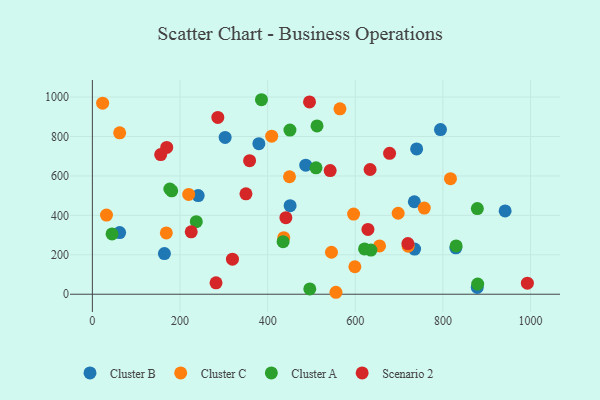
{"axis": {"x": "Study Hours", "y": "Demand"}, "legend": ["Cluster A", "Cluster B", "Cluster C", "Scenario 2"], "data": [{"x": "829.5", "y": 235.3, "type": "Cluster B"}, {"x": "62.2", "y": 312.6, "type": "Cluster B"}, {"x": "241.5", "y": 500.6, "type": "Cluster B"}, {"x": "878.4", "y": 34.5, "type": "Cluster B"}, {"x": "380.0", "y": 763.9, "type": "Cluster B"}, {"x": "735.4", "y": 228.8, "type": "Cluster B"}, {"x": "451.3", "y": 449.4, "type": "Cluster B"}, {"x": "164.4", "y": 206.4, "type": "Cluster B"}, {"x": "303.0", "y": 795.2, "type": "Cluster B"}, {"x": "740.1", "y": 737.1, "type": "Cluster B"}, {"x": "734.8", "y": 469.2, "type": "Cluster B"}, {"x": "794.5", "y": 835.3, "type": "Cluster B"}, {"x": "487.0", "y": 654.8, "type": "Cluster B"}, {"x": "942.0", "y": 422.6, "type": "Cluster B"}, {"x": "32.2", "y": 401.5, "type": "Cluster C"}, {"x": "720.7", "y": 243.6, "type": "Cluster C"}, {"x": "436.8", "y": 286.9, "type": "Cluster C"}, {"x": "545.7", "y": 213.0, "type": "Cluster C"}, {"x": "219.8", "y": 506.4, "type": "Cluster C"}, {"x": "596.2", "y": 406.8, "type": "Cluster C"}, {"x": "599.1", "y": 139.4, "type": "Cluster C"}, {"x": "409.2", "y": 801.6, "type": "Cluster C"}, {"x": "697.9", "y": 410.7, "type": "Cluster C"}, {"x": "565.0", "y": 940.4, "type": "Cluster C"}, {"x": "555.9", "y": 9.9, "type": "Cluster C"}, {"x": "449.9", "y": 596.0, "type": "Cluster C"}, {"x": "62.3", "y": 818.9, "type": "Cluster C"}, {"x": "23.4", "y": 968.9, "type": "Cluster C"}, {"x": "655.4", "y": 244.8, "type": "Cluster C"}, {"x": "757.5", "y": 436.8, "type": "Cluster C"}, {"x": "817.3", "y": 586.0, "type": "Cluster C"}, {"x": "168.8", "y": 311.0, "type": "Cluster C"}, {"x": "181.1", "y": 524.5, "type": "Cluster A"}, {"x": "44.9", "y": 306.1, "type": "Cluster A"}, {"x": "621.2", "y": 229.7, "type": "Cluster A"}, {"x": "176.8", "y": 533.8, "type": "Cluster A"}, {"x": "635.7", "y": 224.1, "type": "Cluster A"}, {"x": "385.9", "y": 986.6, "type": "Cluster A"}, {"x": "830.2", "y": 245.2, "type": "Cluster A"}, {"x": "496.2", "y": 26.8, "type": "Cluster A"}, {"x": "512.7", "y": 853.5, "type": "Cluster A"}, {"x": "510.4", "y": 641.0, "type": "Cluster A"}, {"x": "237.2", "y": 368.2, "type": "Cluster A"}, {"x": "435.3", "y": 266.5, "type": "Cluster A"}, {"x": "450.9", "y": 832.6, "type": "Cluster A"}, {"x": "879.4", "y": 51.4, "type": "Cluster A"}, {"x": "878.6", "y": 434.6, "type": "Cluster A"}, {"x": "628.9", "y": 328.7, "type": "Scenario 2"}, {"x": "350.5", "y": 509.2, "type": "Scenario 2"}, {"x": "633.8", "y": 632.7, "type": "Scenario 2"}, {"x": "358.8", "y": 677.2, "type": "Scenario 2"}, {"x": "678.3", "y": 714.5, "type": "Scenario 2"}, {"x": "155.9", "y": 708.6, "type": "Scenario 2"}, {"x": "992.8", "y": 55.9, "type": "Scenario 2"}, {"x": "542.7", "y": 627.3, "type": "Scenario 2"}, {"x": "720.1", "y": 256.8, "type": "Scenario 2"}, {"x": "286.3", "y": 896.9, "type": "Scenario 2"}, {"x": "495.6", "y": 975.5, "type": "Scenario 2"}, {"x": "225.6", "y": 316.4, "type": "Scenario 2"}, {"x": "441.6", "y": 388.1, "type": "Scenario 2"}, {"x": "169.7", "y": 744.5, "type": "Scenario 2"}, {"x": "319.7", "y": 177.6, "type": "Scenario 2"}, {"x": "282.2", "y": 57.7, "type": "Scenario 2"}]}